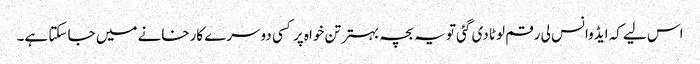
اس لیے کہ ایڈوانس لی رقم لوٹا دی گئی تو یہ بچہ بہتر تن خواہ پر کسی دوسرے کارخانے میں جا سکتا ہے۔